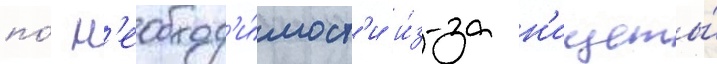
по́ н'еобход'и́мост'и и́з-за н'ищеты́